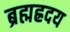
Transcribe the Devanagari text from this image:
ब्रह्मह्रदय